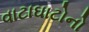
વાટાઘાટોનો